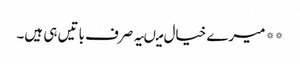
** میرے خیال میںیہ صرف باتیں ہی ہیں۔